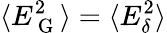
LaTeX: \langle E_{\mathrm{~G~}}^{2}\rangle=\langle E_{\delta}^{2}\rangle